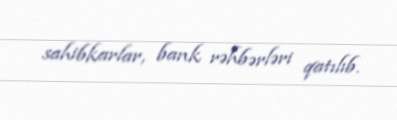
sahibkarlar, bank rəhbərləri qatılıb.